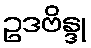
ဥဒဗိန္ဒု